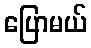
ပြောမယ်